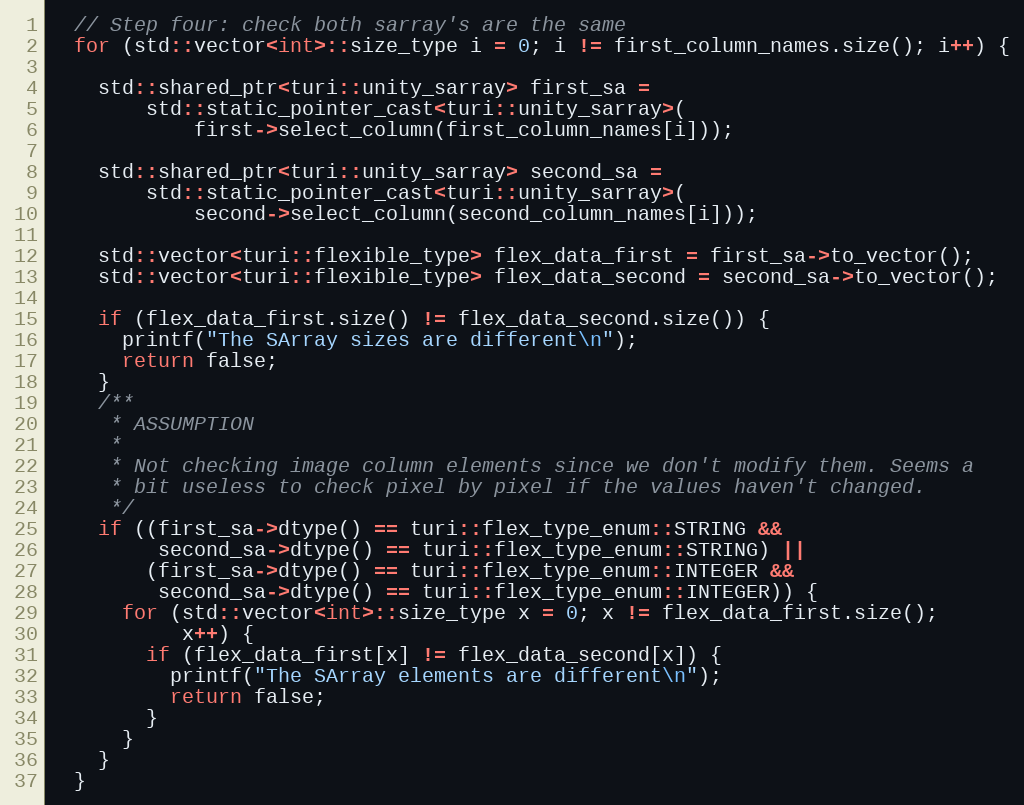
Language: C++
  // Step four: check both sarray's are the same
  for (std::vector<int>::size_type i = 0; i != first_column_names.size(); i++) {

    std::shared_ptr<turi::unity_sarray> first_sa =
        std::static_pointer_cast<turi::unity_sarray>(
            first->select_column(first_column_names[i]));

    std::shared_ptr<turi::unity_sarray> second_sa =
        std::static_pointer_cast<turi::unity_sarray>(
            second->select_column(second_column_names[i]));

    std::vector<turi::flexible_type> flex_data_first = first_sa->to_vector();
    std::vector<turi::flexible_type> flex_data_second = second_sa->to_vector();

    if (flex_data_first.size() != flex_data_second.size()) {
      printf("The SArray sizes are different\n");
      return false;
    }
    /**
     * ASSUMPTION
     *
     * Not checking image column elements since we don't modify them. Seems a
     * bit useless to check pixel by pixel if the values haven't changed.
     */
    if ((first_sa->dtype() == turi::flex_type_enum::STRING &&
         second_sa->dtype() == turi::flex_type_enum::STRING) ||
        (first_sa->dtype() == turi::flex_type_enum::INTEGER &&
         second_sa->dtype() == turi::flex_type_enum::INTEGER)) {
      for (std::vector<int>::size_type x = 0; x != flex_data_first.size();
           x++) {
        if (flex_data_first[x] != flex_data_second[x]) {
          printf("The SArray elements are different\n");
          return false;
        }
      }
    }
  }